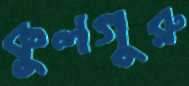
কুলগুরু